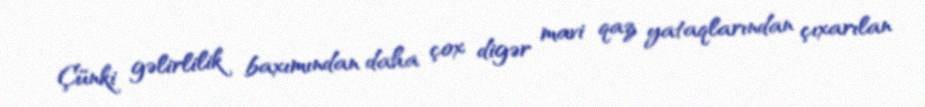
Çünki gəlirlilik baxımından daha çox digər mavi qaz yataqlarından çıxarılan